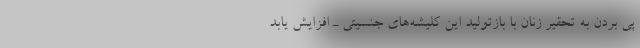
پی بردن به تحقیر زنان با بازتولید این کلیشه‌های جنسیتی ـ افزایش یابد